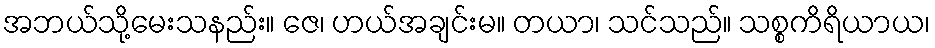
အဘယ်သို့မေးသနည်း။ ဇေ၊ ဟယ်အချင်းမ။ တယာ၊ သင်သည်။ သစ္စကိရိယာယ၊